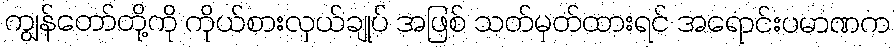
ကျွန်တော်တို့ကို ကိုယ်စားလှယ်ချုပ် အဖြစ် သတ်မှတ်ထားရင် အရောင်းပမာဏက